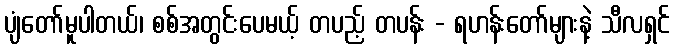
ပျံတော်မူပါတယ်၊ စစ်အတွင်းပေမယ့် တပည့် တပန်း - ရဟန်းတော်များနဲ့ သီလရှင်